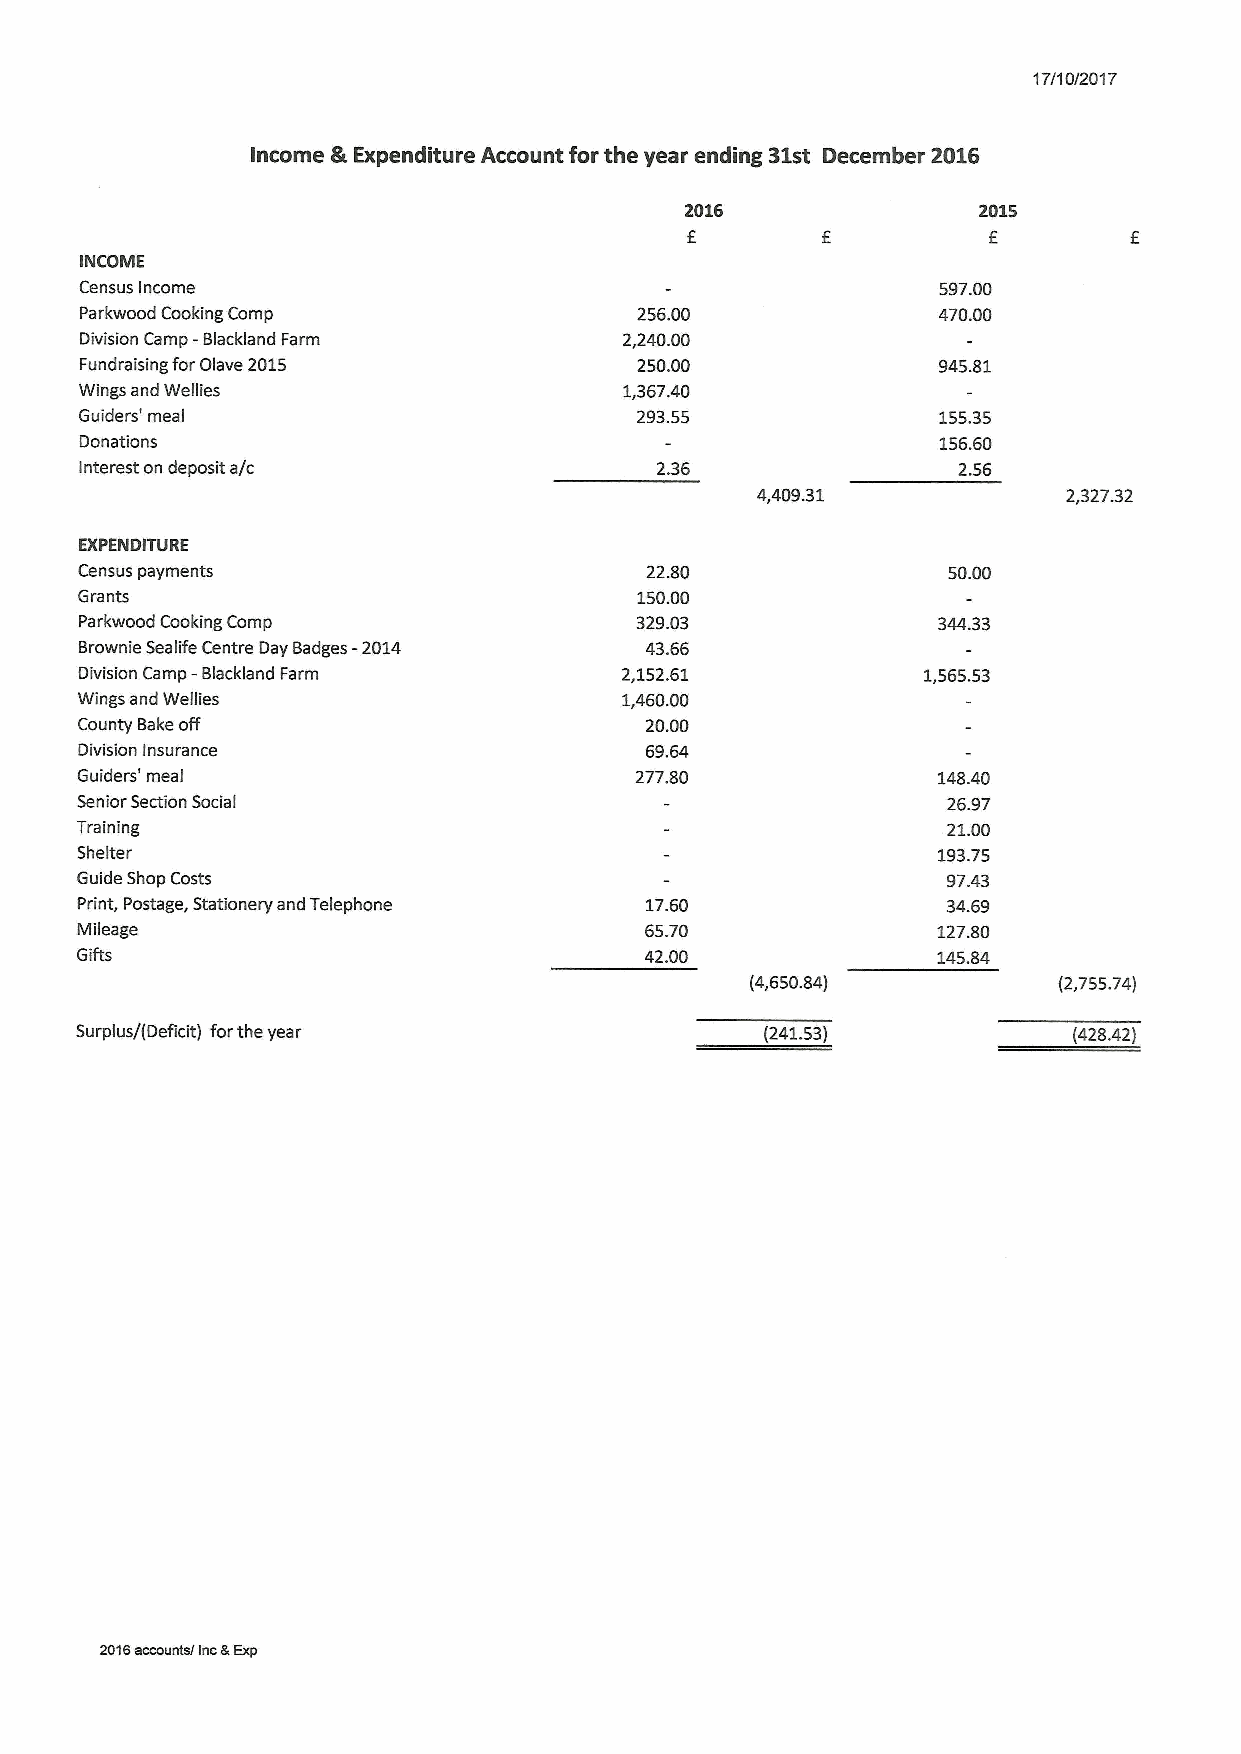
17/1OI2017
 Income &Expenditure Account for the year ending 31st December 2D16
 2016                2015
 f
 INCOIVIE
 Census Income                                            597.00
 Parkwood Cooking Comp                256.00              470.00
 Division Camp -Blackland Farm       2,240.00
 Fundraising forOlave 2015            250.00              945.81
 Wings and Wellies                   1,367.40
 Guiders' meal                        293.55              155.35
 Donations                                                156.60
 Interest on deposit a/c               2.36                2.56
 4,409.31             2,327.32
 EXPENDITURE
 Census payments                       22.80               50.00
 Grants                               150.00
 Parkwood Cooking Comp                329.03              344.33
 Brownie Sealife Centre Day Badges -2014 43.66
 Division Camp -Blackland Farm       2,152.61            1,565.53
 Wings and Wellies                   1,460.00
 County Bakeoff                        20.00
 Division Insurance                    69.64
 Guiders' meal                        277.80              148.40
 Senior Section Social                                     26.97
 Training                                                  21.00
 Shelter                                                  193.75
 Guide Shop Costs                                          97.43
 Print, Postage, Stationery and Telephone 17.60            34.69
 Mileage                               65.70              127.80
 Gifts                                 42.00              145.84
 (4,650.84)          (2,755.74)
 Surplus/(Deficit) forthe year                 (241.53)            (428.42)
 201Saccountsl inc&Exp